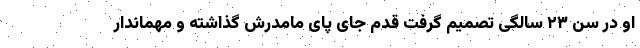
او در سن ۲۳ سالگی تصمیم گرفت قدم جای پای مامدرش گذاشته و مهماندار